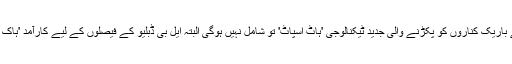
انگلستان کے خلاف سیریز میں بلے کے باریک کناروں کو پکڑنے والی جدید ٹیکنالوجی 'ہاٹ اسپاٹ' تو شامل نہیں ہوگی البتہ ایل بی ڈبلیو کے فیصلوں کے لیے کارآمد 'ہاک آئی' ٹیکنالوجی کا استعمال کیا جائے گا۔